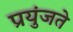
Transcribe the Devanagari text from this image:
प्रयुंजते